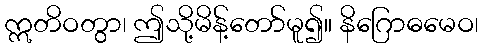
ဣတိဝတွာ၊ ဤသို့မိန့်တော်မူ၍။ နိဂြောဓမေဝ၊